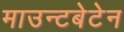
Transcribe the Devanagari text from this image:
माउन्टबेटेन